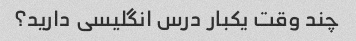
چند وقت یکبار درس انگلیسی دارید؟